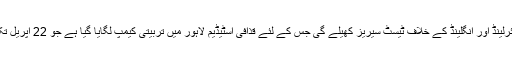
قومی کرکٹ ٹیم آئرلینڈ اور انگلینڈ کے خلاف ٹیسٹ سیریز کھیلے گی جس کے لئے قذافی اسٹیڈیم لاہور میں تربیتی کیمپ لگایا گیا ہے جو 22 اپریل تک جاری رہے گا۔